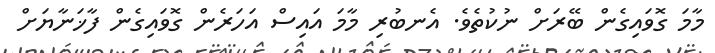
މާމަ ގޮވައިގެން ބޭރަށް ނުކުތެވެ. އެނބުރި މާމަ އައިސް އަހަރެން ގޮވައިގެން ފާޚަނާޔަށް